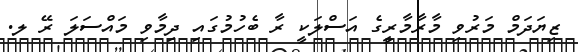
ޒިޔަދަމް މަރުވި މާރާމާރީގެ އަސްލަކީ ރާ ބެހުމުގައި ދިމާވި މައްސަލަ ރޭ ލ.